Vaccination in Bombay 1869-1873 - 1869-1873
Year: 1869
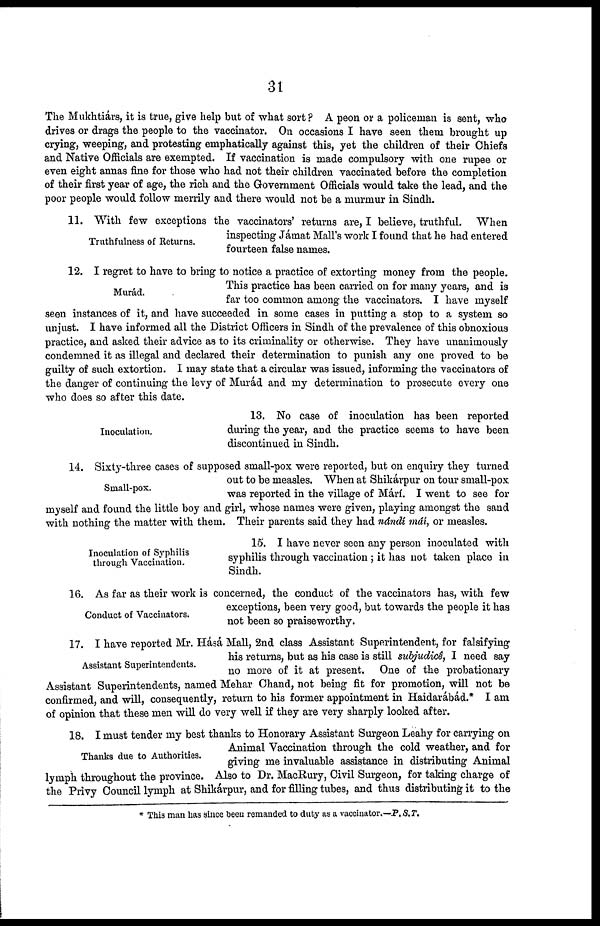
31
The Mukhtiárs, it is true, give help but of what sort? A peon or a policeman is sent, who
drives or drags the people to the vaccinator. On occasions I have seen them brought up
crying, weeping, and protesting emphatically against this, yet the children of their Chiefs
and Native Officials are exempted. If vaccination is made compulsory with one rupee or
even eight annas fine for those who had not their children vaccinated before the completion
of their first year of age, the rich and the Government Officials would take the lead, and the
poor people would follow merrily and there would not be a murmur in Sindh.
Truthfulness of Returns.
11. With few exceptions the vaccinators' returns are, I believe, truthful. When
inspecting Jámat Mall's work I found that he had entered
fourteen false names.
Murád.
12. I regret to have to bring to notice a practice of extorting money from the people.
This practice has been carried on for many years, and is
far too common among the vaccinators. I have myself
seen instances of it, and have succeeded in some cases in putting a stop to a system so
unjust. I have informed all the District Officers in Sindh of the prevalence of this obnoxious
practice, and asked their advice as to its criminality or otherwise. They have unanimously
condemned it as illegal and declared their determination to punish any one proved to be
guilty of such extortion. I may state that a circular was issued, informing the vaccinators of
the danger of continuing the levy of Murád and my determination to prosecute every one
who does so after this date.
Inoculation.
13. No case of inoculation has been reported
during the year, and the practice seems to have been
discontinued in Sindh.
Small-pox.
14. Sixty-three cases of supposed small-pox were reported, but on enquiry they turned
out to be measles. When at Shikárpur on tour small-pox
was reported in the village of Márí. I went to see for
myself and found the little boy and girl, whose names were given, playing amongst the sand
with nothing the matter with them. Their parents said they had nándí mái, or measles.
Inoculation of Syphilis
through Vaccination.
15. I have never seen any person inoculated with
syphilis through vaccination ; it has not taken place in
Sindh.
Conduct of Vaccinators.
16. As far as their work is concerned, the conduct of the vaccinators has, with few
exceptions, been very good, but towards the people it has
not been so praiseworthy.
Assistant Superintendents.
17. I have reported Mr. Hásá Mall, 2nd class Assistant Superintendent, for falsifying
his returns, but as his case is still subjudicê, I need say
no more of it at present. One of the probationary
Assistant Superintendents, named Mehar Chand, not being fit for promotion, will not be
confirmed, and will, consequently, return to his former appointment in Haidarábád.* I am
of opinion that these men will do very well if they are very sharply looked after.
Thanks due to Authorities
18. I must tender my best thanks to Honorary Assistant Surgeon Leahy for carrying on
Animal Vaccination through the cold weather, and for
giving me invaluable assistance in distributing Animal
lymph throughout the province. Also to Dr. MacRury, Civil Surgeon, for taking charge of
the Privy Council lymph at Shikárpur, and for filling tubes, and thus distributing it to the
* This man has since been remanded to duty as a vaccinator.— P. S. T.